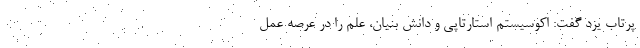
پرتاب یزد گفت: اکوسیستم استارتاپی و دانش بنیان، علم را در عرصه عمل